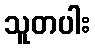
သူတပါး